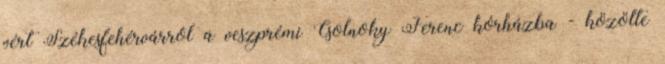
vért Székesfehérvárról a veszprémi Csolnoky Ferenc kórházba - közölte